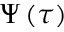
\Psi \left( \tau \right)